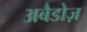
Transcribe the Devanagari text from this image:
अबैडोज़